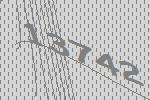
13742